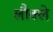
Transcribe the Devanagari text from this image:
लौक्ले